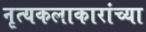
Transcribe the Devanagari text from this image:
नृत्यकलाकारांच्या